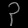
Digit: ၃